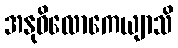
အနုဝိလောကေယျာသိ